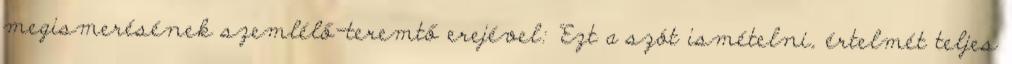
megismerésének szemlélő-teremtő erejével: "Ezt a szót ismételni, értelmét teljes